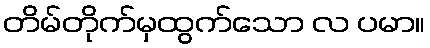
တိမ်တိုက်မှထွက်သော လ ပမာ။